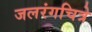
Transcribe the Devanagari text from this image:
जलरंगचित्रे